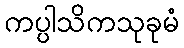
ကပ္ပါသိကသုခုမံ